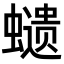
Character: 𧒭